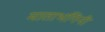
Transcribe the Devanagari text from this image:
माताभगिनी